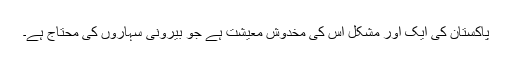
پاکستان کی ایک اور مشکل اس کی مخدوش معیشت ہے جو بیرونی سہاروں کی محتاج ہے۔